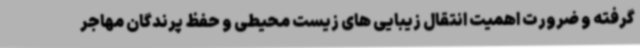
گرفته و ضرورت اهمیت انتقال زیبایی های زیست محیطی و حفظ پرندگان مهاجر